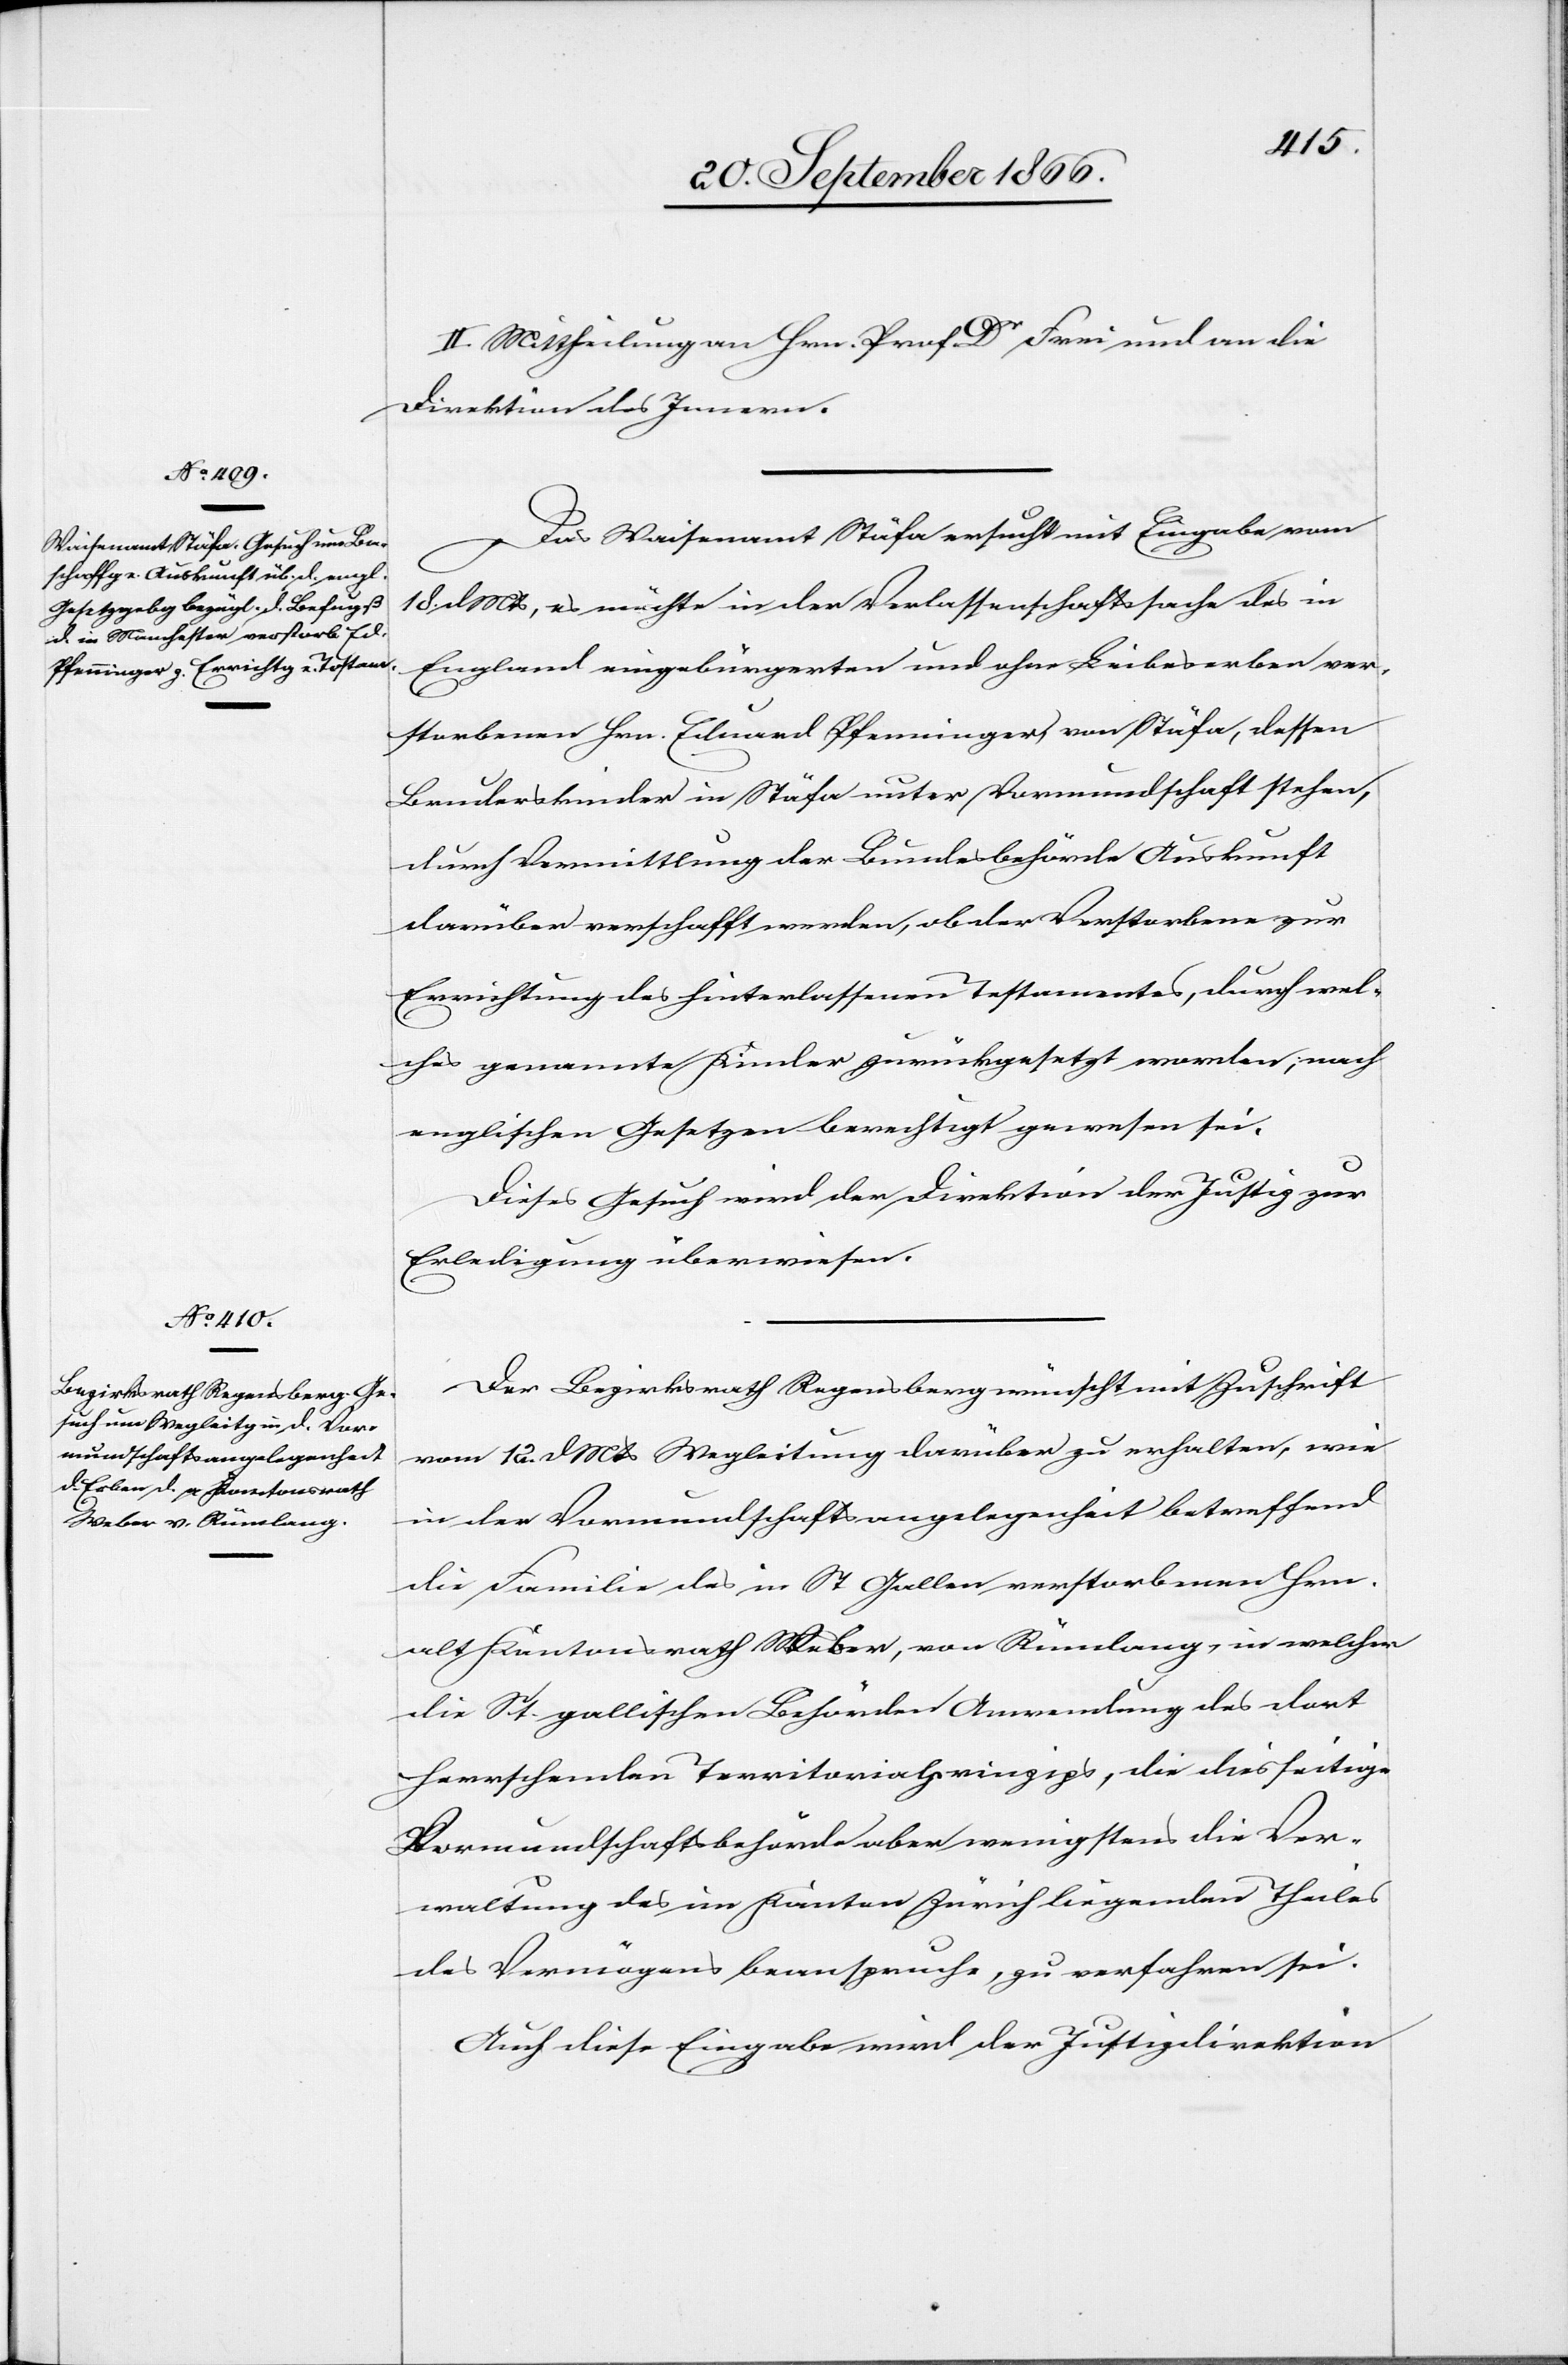
II. Mittheilung an Hrn. Prof. Dr Frei und an die
Direktion des Innern.
Das Waisenamt Stäfa ersucht mit Eingabe vom
18. dMts, es möchte in der Verlassenschaftssache des in
England eingebürgerten und ohne Leibeserben ver¬
storbenen Hrn. Eduard Pfenninger, von Stäfa, dessen
Bruderkinder in Stäfa unter Vormundschaft stehen,
durch Vermittlung der Bundesbehörden Auskunft
darüber verschafft werden, ob der Verstorbene zur
Errichtung des hinterlassenen Testamentes, durch wel¬
ches genannte Kinder zurückgesetzt worden, nach
englischen Gesetzen berechtigt gewesen sei.
Dieses Gesuch wird der Direktion der Justiz zur
Erledigung überwiesen.
Der Bezirksrath Regensberg wünscht mit Zuschrift
vom 12. dMts. Wegleitung darüber zu erhalten, wie
in der Vormundschaftsangelegenheit betreffend
die Familie des in St. Gallen verstorbenen Hrn.
alt Kantonsrath Weber, von Rümlang, in welcher
die St. gallischen [sic!] Behörden Anwendung des dort
herrschenden Territorialprinzips, die diesseitige
Vormundschaftsbehörde aber wenigstens die Ver¬
waltung des im Kanton Zürich liegenden Theiles
des Vermögens beanspruche, zu verfahren sei.
Auch diese Eingabe wird der Justizdirektion